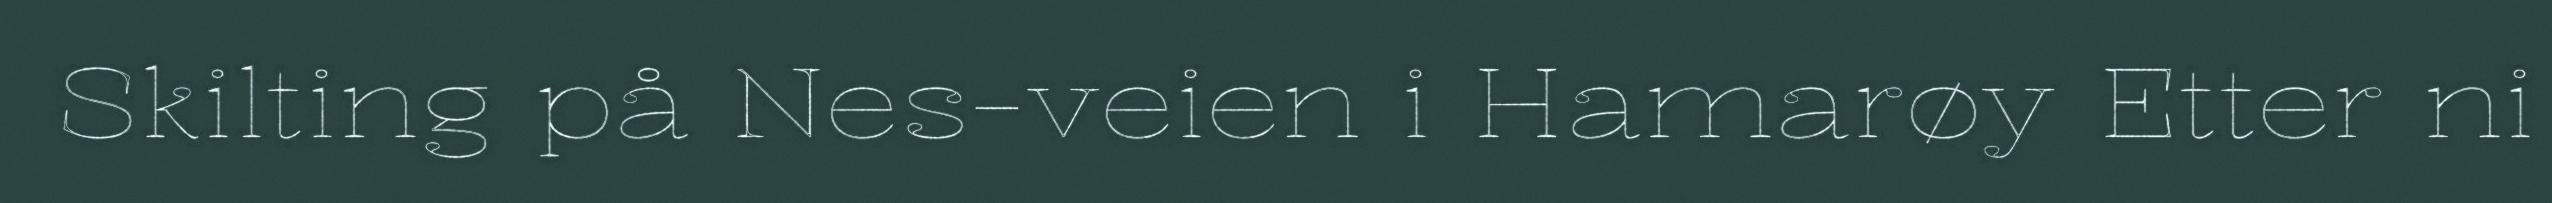
Skilting på Nes-veien i Hamarøy Etter ni